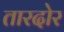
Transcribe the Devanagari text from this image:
तारदोर